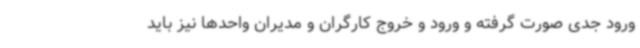
ورود جدی صورت گرفته و ورود و خروج کارگران و مدیران واحدها نیز باید